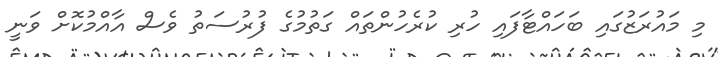
މި މައުރަޒުގައި ބަހައްޓާފައި ހުރި ކުރެހުންތައް ގަތުމުގެ ފުރުސަތު ވެސް އާއްމުކޮށް ވަނީ